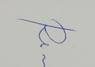
Signature authenticity: genuine